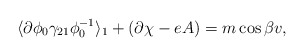
\begin{align*}\langle \partial\phi_0 \gamma_{21} \phi_{0}^{-1} \rangle_1 +(\partial\chi - eA) = m\cos{\beta} v ,\end{align*}